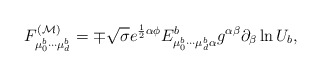
\begin{align*} F^{(\cal M)}_{\mu_0^b\cdots\mu_{d}^b}= \mp\sqrt{\sigma} e^{\frac{1}{2}\alpha\phi} E^b_{\mu_0^b\cdots\mu_{d}^b\alpha} g^{\alpha\beta}\partial_\beta \ln U_b,\end{align*}